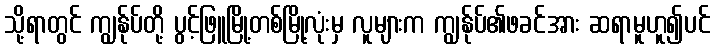
သို့ရာတွင် ကျွန်ုပ်တို့ ပွင့်ဖြူမြို့တစ်မြို့လုံးမှ လူများက ကျွန်ုပ်၏ဖခင်အား ဆရာမူဟူ၍ပင်